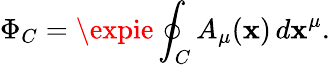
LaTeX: \Phi_{C}=\expie\oint_{C}A_{\mu}(\mathbf{x})\, d\mathbf{x}^{\mu}.